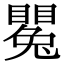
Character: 𥋥